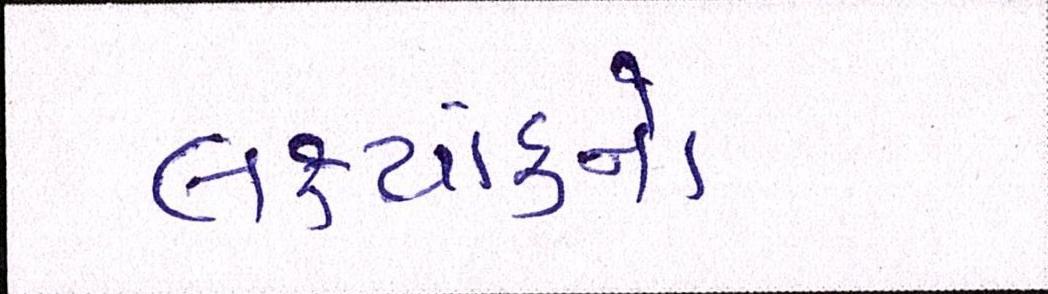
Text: લક્ષ્યાંકનો